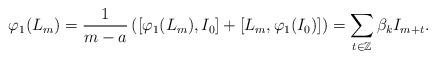
LaTeX: \begin{align*}\varphi_1 (L_m)= \frac{1}{m-a} \left( [\varphi_1(L_m),I_0] +[L_m,\varphi_1(I_0)] \right)= \sum\limits_{t \in {\mathbb Z}} \beta_k I_{m+t}.\end{align*}